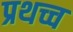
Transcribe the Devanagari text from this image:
प्रथच्च